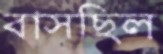
বাসছিল